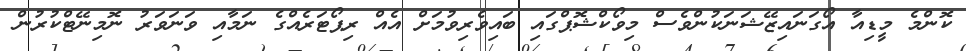
ކޮންމެ މީޑިއާ އޯގަނައިޒޭޝަނަކުންވެސް މިވޯކްޝޮޕްގައި ބައިވެރިވުމަށް އެއް ރިޕޯޓަރެއްގެ ނަމާއި ވަނަވަރު ނޮމިނޭޓްކުރުން